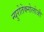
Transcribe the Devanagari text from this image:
न्युरोतेक्नोलोजी